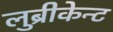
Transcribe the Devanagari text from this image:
लुब्रीकेन्ट